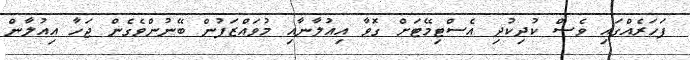
ފަހަރެއްގައި ވެސް ކުދިކުދި އެސްޓިމޭޓަށް ގޮވާ އިއުލާނާއި މުވައްޒަފުން ބޭނުންވެގެން ޖަހާ އިއުލާން